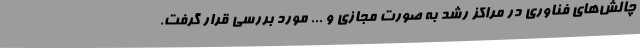
چالش‌های فناوری در مراکز رشد به صورت مجازی و ... مورد بررسی قرار گرفت.